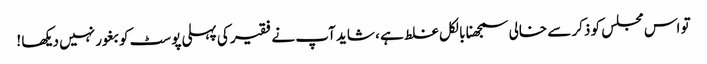
تو اس مجلس کو ذکر سے خالی سمجھنا بالکل غلط ہے ، شاید آپ نے فقیر کی پہلی پوسٹ کو بغور نہیں دیکھا !